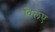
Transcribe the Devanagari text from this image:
विलए